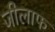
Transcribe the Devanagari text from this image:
जीलाफ